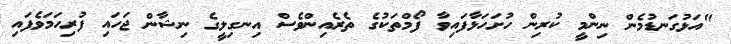
"އަޅުގަނޑުމެން ނިންމީ ކުރިން ހުށަހަޅާފައިވާ ފޯމްތަކުގެ ތެރެއިންވެސް އިނގިލީގެ ނިޝާން ޖަހައި ފުރިހަމަވެފައި